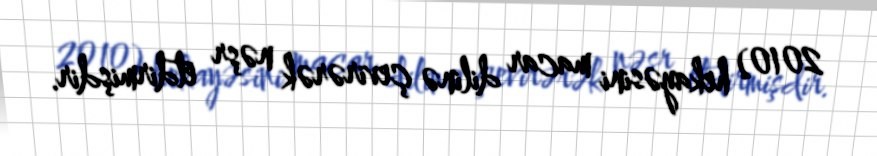
2010) hekayəsini macar dilinə çevirərək nəşr etdirmişdir.